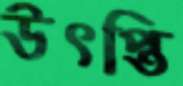
উৎপ্তি